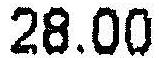
28.00